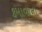
કમાવાના